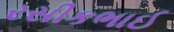
રસીકભાઈ